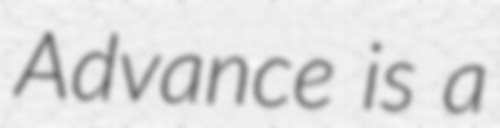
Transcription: Advance is a